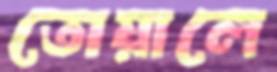
তোয়ালে